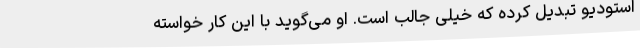
استودیو تبدیل کرده که خیلی جالب است. او می‌گوید با این کار خواسته